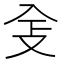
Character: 𠓥